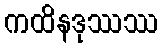
ကထိနဒုဿဿ